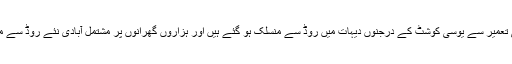
نئے روڈ کی تعمیر سے یوسی کوشٹ کے درجنوں دیہات میں روڈ سے منسلک ہو گئے ہیں اور ہزاروں گھرانوں پر مشتمل آبادی نئے روڈ سے مستفید ہو گی۔